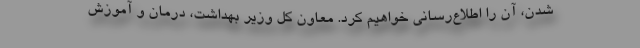
شدن، آن را اطلاع‌رسانی خواهیم کرد. معاون کل وزیر بهداشت، درمان و آموزش